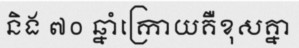
និង ៧០ ឆ្នាំក្រោយគឺខុសគ្នា